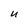
Character: U